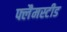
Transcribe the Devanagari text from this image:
फ्लैमस्टीड